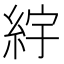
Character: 𬗒